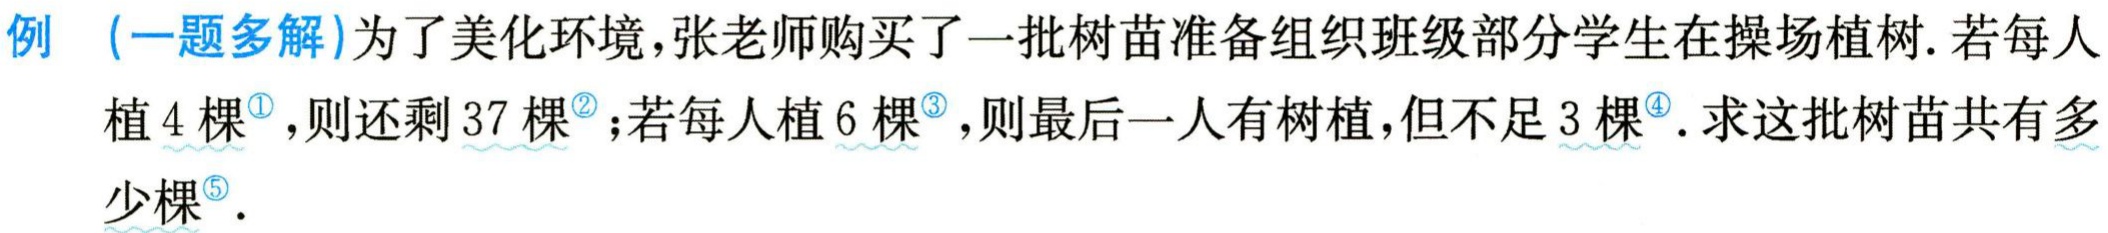
例 （一题多解）为了美化环境，张老师购买了一批树苗准备组织班级部分学生在操场植树. 若每人植 \(4\) 棵\(^{\textcircled{1}}\)，则还剩 \(37\) 棵\(^{\textcircled{2}}\)；若每人植 \(6\) 棵\(^{\textcircled{3}}\)，则最后一人有树植，但不足 \(3\) 棵\(^{\textcircled{4}}\). 求这批树苗共有多少棵\(^{\textcircled{5}}\).